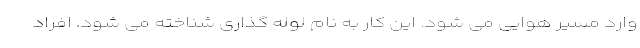
وارد مسیر هوایی می شود. این کار به نام لوله گذاری شناخته می شود. افراد